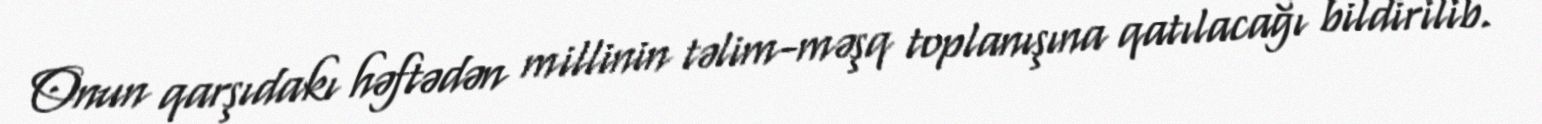
Onun qarşıdakı həftədən millinin təlim-məşq toplanışına qatılacağı bildirilib.